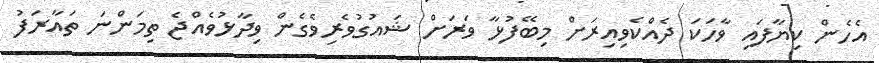
އެހެން ކިޔާފައި ވާހަކަ ދެއްކެވިއިރަށް މިބޭފުޅާ ވަރަށް ޝައުގުވެރިވެގެން ވިދާޅުވެއްޖެ ތިމަންނަ ތައާރަފު